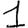
Digit: 1